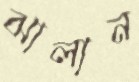
ঝালান